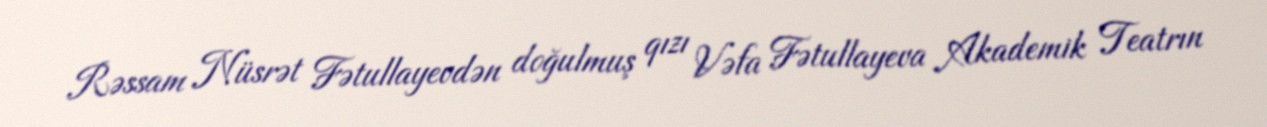
Rəssam Nüsrət Fətullayevdən doğulmuş qızı Vəfa Fətullayeva Akademik Teatrın